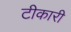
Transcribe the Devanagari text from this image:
टीकारी